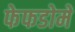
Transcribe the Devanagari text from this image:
फेफडोमें